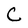
Character: C